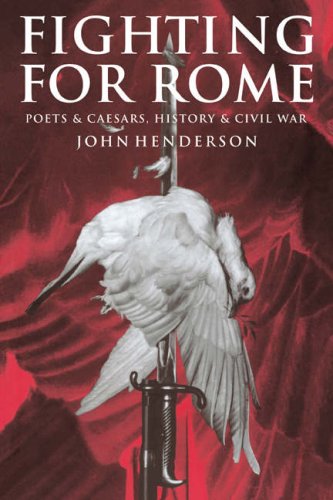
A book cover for Fighting for Rome: Poets and Caesars, History and Civil War; John Henderson; Literature & Fiction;